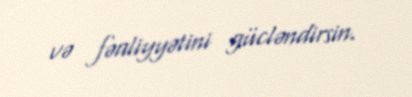
və fəaliyyətini gücləndirsin.